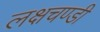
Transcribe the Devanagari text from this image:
लक्षचण्डी